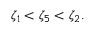
\zeta _ { 1 } < \zeta _ { 5 } < \zeta _ { 2 } .